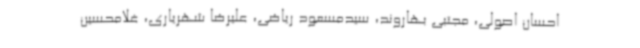
احسان اصولی، مجتبی بهاروند، سیدمسعود ریاضی، علیرضا شهریاری، غلامحسین